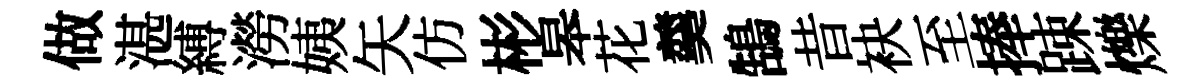
做湛縛澇姨矢仿彬皋花羹鵠昔袂至捧踈爍